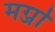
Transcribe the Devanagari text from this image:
मर्ग्जा